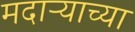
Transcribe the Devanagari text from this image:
मदाऱ्याच्या